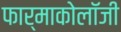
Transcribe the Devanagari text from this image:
फार्माकोलॉजी